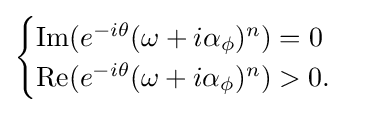
{\begin{cases}\operatorname {Im} (e^{-i\theta }(\omega +i\alpha _{\phi })^{n})=0\\\operatorname {Re} (e^{-i\theta }(\omega +i\alpha _{\phi })^{n})>0.\end{cases}}